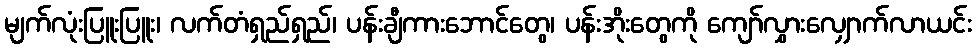
မျက်လုံးပြူးပြူး၊ လက်တံရှည်ရှည်၊ ပန်းချီကားဘောင်တွေ၊ ပန်းအိုးတွေကို ကျော်လွှားလျှောက်လာယင်း